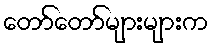
တော်တော်များများက